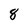
Character: 8